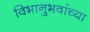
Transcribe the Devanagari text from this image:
विभानुभवांच्या